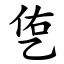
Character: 㐛